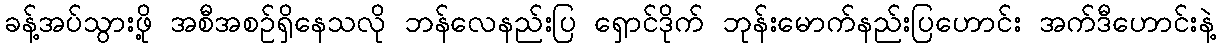
ခန့်အပ်သွားဖို့ အစီအစဉ်ရှိနေသလို ဘန်လေနည်းပြ ရှောင်ဒိုက် ဘုန်းမောက်နည်းပြဟောင်း အက်ဒီဟောင်းနဲ့